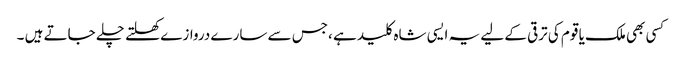
کسی بھی ملک یا قوم کی ترقی کے لیے یہ ایسی شاہ کلید ہے ،جس سے سارے دروازے کھلتے چلے جاتے ہیں ۔